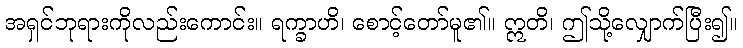
အရှင်ဘုရားကိုလည်းကောင်း။ ရက္ခာဟိ၊ စောင့်တော်မူ၏။ ဣတိ၊ ဤသို့လျှောက်ပြီး၍။